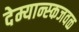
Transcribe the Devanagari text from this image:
देम्यान्स्कजवळ